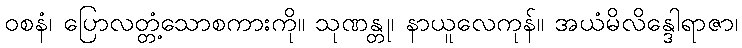
ဝစနံ၊ ပြောလတ္တံ့သောစကားကို။ သုဏန္တု၊ နာယူလေကုန်။ အယံမိလိန္ဒေါရာဇာ၊